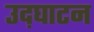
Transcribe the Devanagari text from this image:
उद़घाटन